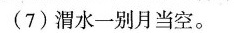
(7)渭水一别月当空。